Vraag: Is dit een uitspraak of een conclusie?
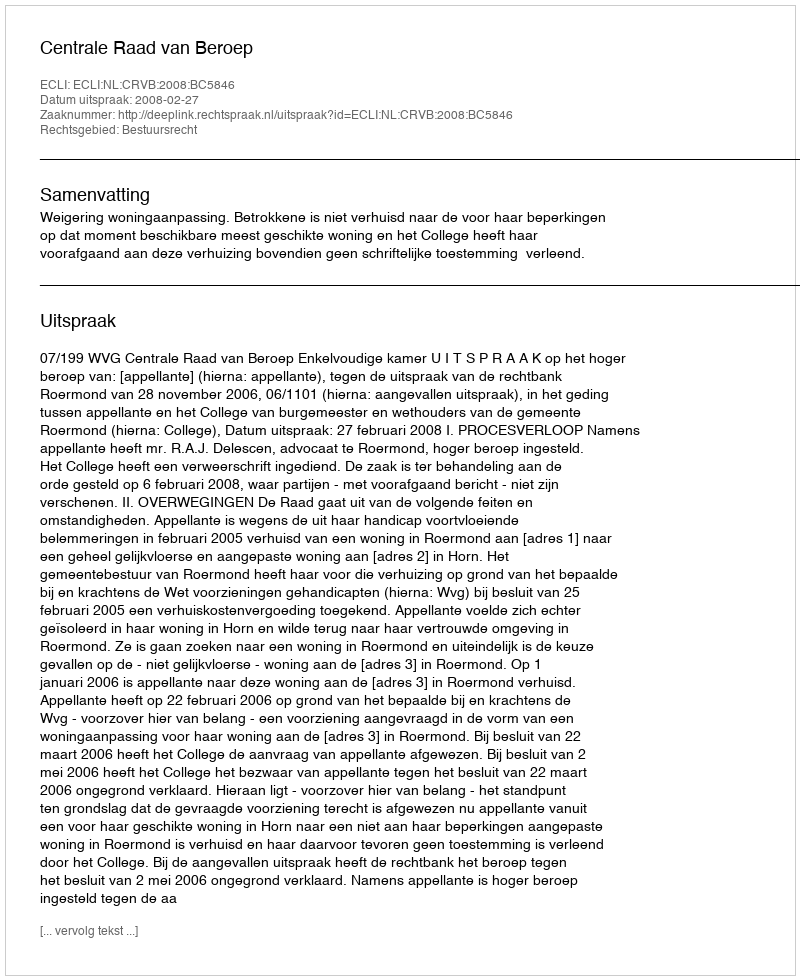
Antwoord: Uitspraak